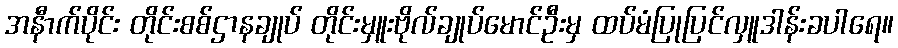
အနီာက်ပိုင်း တိုင်းစစ်ဌာနချုပ် တိုင်းမှူးဗိုလ်ချုပ်မောင်ဦးမှ ထပ်မံပြုပြင်လှူဒါန်းခပါရေ။